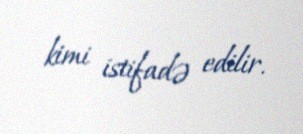
kimi istifadə edilir.